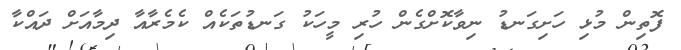
ފޮތިން މުޅި ހަށިގަނޑު ނިވާކޮށްގެން ހުރި މީހަކު ގަނޑުތަކެއް ކެމެރާއާ ދިމާއަށް ދައްކާ